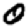
Digit: 0